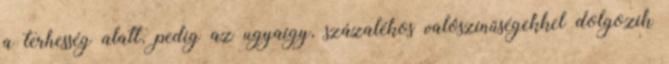
a terhesség alatt, pedig az ugyaígy, százalékos valószínűségekkel dolgozik